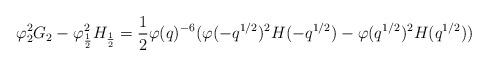
LaTeX: \begin{align*} \varphi_2^2G_2-\varphi_\frac{1}{2}^2H_\frac{1}{2} = \dfrac{1}{2}\varphi(q)^{-6}(\varphi(-q^{1/2})^2H(-q^{1/2})-\varphi(q^{1/2})^2H(q^{1/2}))\end{align*}